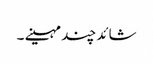
شائد چند مہینے ۔